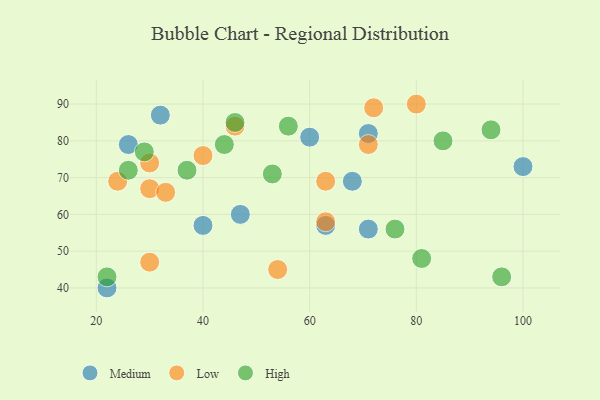
{"axis": {"x": "GDP", "y": "Life Expectancy"}, "legend": ["High", "Low", "Medium"], "data": [{"x": "22", "y": 40, "type": "Medium"}, {"x": "100", "y": 73, "type": "Medium"}, {"x": "71", "y": 82, "type": "Medium"}, {"x": "71", "y": 56, "type": "Medium"}, {"x": "47", "y": 60, "type": "Medium"}, {"x": "26", "y": 79, "type": "Medium"}, {"x": "60", "y": 81, "type": "Medium"}, {"x": "63", "y": 57, "type": "Medium"}, {"x": "40", "y": 57, "type": "Medium"}, {"x": "32", "y": 87, "type": "Medium"}, {"x": "68", "y": 69, "type": "Medium"}, {"x": "71", "y": 79, "type": "Low"}, {"x": "46", "y": 84, "type": "Low"}, {"x": "30", "y": 47, "type": "Low"}, {"x": "72", "y": 89, "type": "Low"}, {"x": "30", "y": 67, "type": "Low"}, {"x": "80", "y": 90, "type": "Low"}, {"x": "63", "y": 69, "type": "Low"}, {"x": "63", "y": 58, "type": "Low"}, {"x": "54", "y": 45, "type": "Low"}, {"x": "24", "y": 69, "type": "Low"}, {"x": "33", "y": 66, "type": "Low"}, {"x": "30", "y": 74, "type": "Low"}, {"x": "40", "y": 76, "type": "Low"}, {"x": "44", "y": 79, "type": "High"}, {"x": "22", "y": 43, "type": "High"}, {"x": "76", "y": 56, "type": "High"}, {"x": "56", "y": 84, "type": "High"}, {"x": "46", "y": 85, "type": "High"}, {"x": "81", "y": 48, "type": "High"}, {"x": "29", "y": 77, "type": "High"}, {"x": "26", "y": 72, "type": "High"}, {"x": "85", "y": 80, "type": "High"}, {"x": "96", "y": 43, "type": "High"}, {"x": "53", "y": 71, "type": "High"}, {"x": "94", "y": 83, "type": "High"}, {"x": "37", "y": 72, "type": "High"}]}